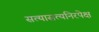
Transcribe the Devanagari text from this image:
सत्यासत्यनिरपेक्ष